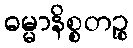
ဓမ္မာနိစ္စတဉ္စ